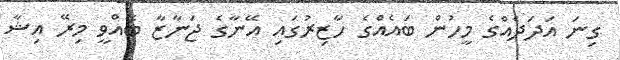
ގިނަ އަދަދެއްގެ މީހުން ބައެއްގެ ހާޒިރުގައި އޭނާގެ ޖަނާޒާ ބޭއްވީ މިރޭ އިޝާ